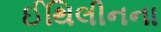
ઈથિલીનના